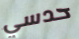
حدسي